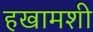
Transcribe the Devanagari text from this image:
हखामशी